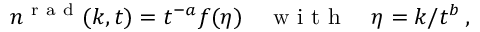
n ^ { \mathrm { ~ r ~ a ~ d ~ } } ( k , t ) = t ^ { - a } f ( \eta ) \quad \mathrm { ~ w ~ i ~ t ~ h ~ } \quad \eta = k / t ^ { b } \, ,